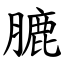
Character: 膔